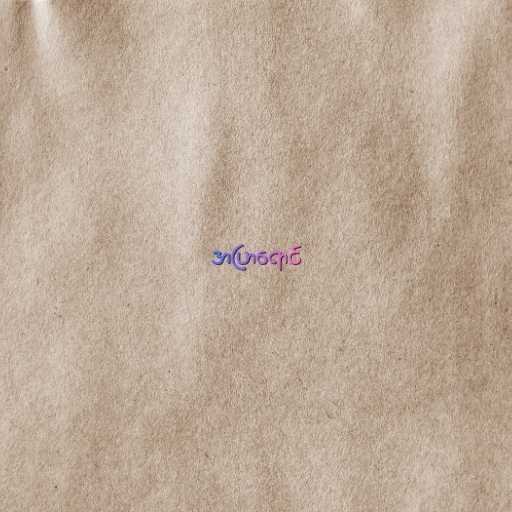
အပြာရောင်